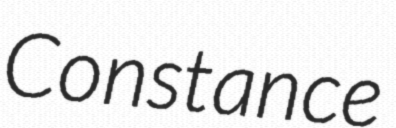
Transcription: Constance